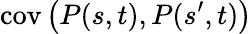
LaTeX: \operatorname{cov}\left(P(s,t),P(s^{\prime},t)\right)